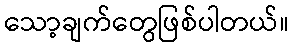
သော့ချက်တွေဖြစ်ပါတယ်။